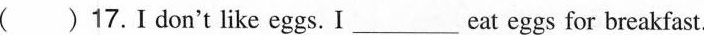
( )17.Ⅰ don't like eggs. I___eat eggs for breakfast.